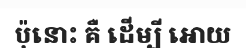
ប៉ុនោះ គឺ ដើម្បី អោយ